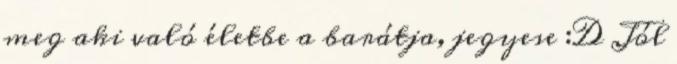
meg aki való életbe a barátja, jegyese :D Jól